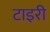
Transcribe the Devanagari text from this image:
टाइरी